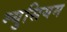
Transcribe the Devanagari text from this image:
म्युसियम